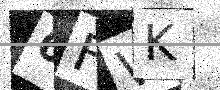
Text: 6FWK